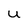
Character: U